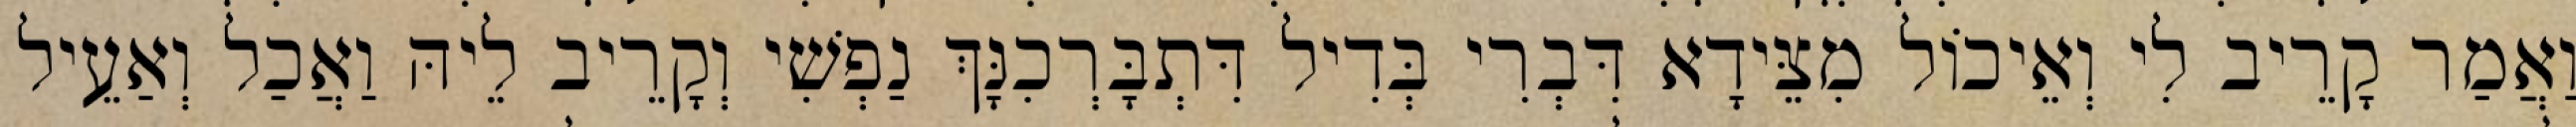
וַאֲמַר קָרֵיב לִי וְאֵיכוֹל מִצֵּידָא דִּבְרִי בְּדִיל דִּתְבָּרְכִנָּךְ נַפְשִׁי וְקָרֵיב לֵיהּ וַאֲכַל וְאַעֵיל